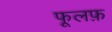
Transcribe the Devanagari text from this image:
फूलफ़